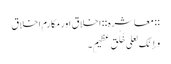
:: معاشره :: اخلاق اور مکارمِ اخلاق
وَإِنَّکَ لَعَلَی خُلُقٍ عَظِیمٍ۔